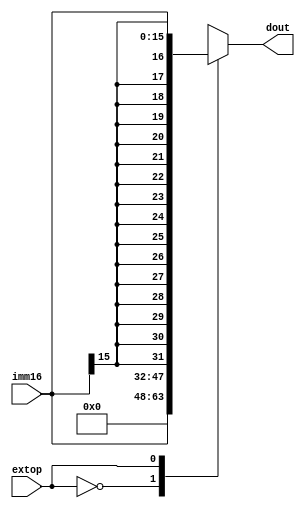
module extension(imm16, extop, dout);
    input extop; //
    input [15:0] imm16; //
    output reg [31:0] dout; //

  always @( * ) begin
    case (extop) 
        1'b0: dout = {16'h0000, imm16}; //
        1'b1: dout = {{16{imm16[15]}}, imm16}; //
    endcase
    //$display("extension  imm16:%h extop:%h dout:%h", imm16, extop, dout);
  end

  
endmodule//extension